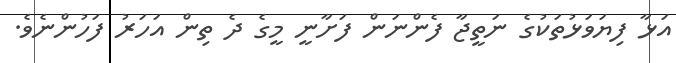
އަޅާ ފިޔަވަޅުތަކުގެ ނަތީޖާ ފެންނަން ފަށާނީ މީގެ ދެ ތިން އަހަރު ފަހުންނެވެ.